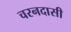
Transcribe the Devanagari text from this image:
चरनदासी